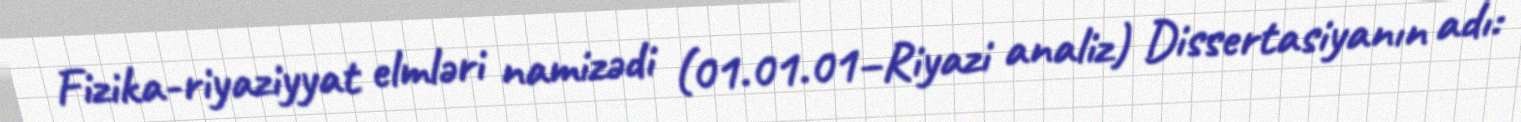
Fizika-riyaziyyat elmləri namizədi (01.01.01–Riyazi analiz) Dissertasiyanın adı: